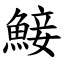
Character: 鯜